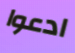
ادعوا